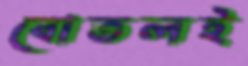
বোতলই